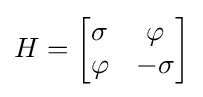
H={\begin{bmatrix}\sigma &\varphi \\\varphi &-\sigma \end{bmatrix}}